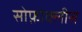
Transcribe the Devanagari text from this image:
सोफ़ोक्लीस